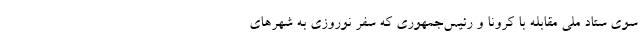
سوی ستاد ملی مقابله با کرونا و رئیس‌جمهوری که سفر نوروزی به شهرهای